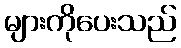
များကိုပေးသည်